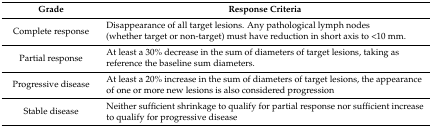
| Grade | Response Criteria |
 | --- | --- |
 | Complete response | Disappearance of all target lesions. Any pathological lymph nodes (whether target or non-target) must have reduction in short axis to <10 mm. |
 | Partial response | At least a 30% decrease in the sum of diameters of target lesions, taking as reference the baseline sum diameters. |
 | Progressive disease | At least a 20% increase in the sum of diameters of target lesions, the appearance of one or more new lesions is also considered progression |
 | Stable disease | Neither sufficient shrinkage to qualify for partial response nor sufficient increase to qualify for progressive disease |